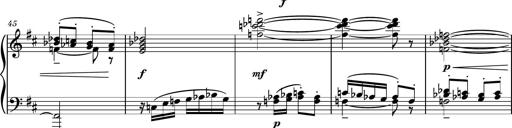
Title: Piano Sonatina No.4
Composer: Dimitri Sykias
Key: D major